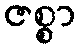
ဇစ္စာ